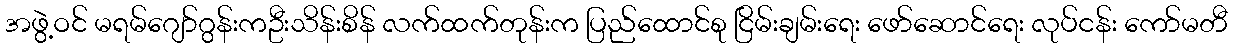
အဖွဲ့ဝင် မရမ်ဂျော်ဂွန်းကဦးသိန်းစိန် လက်ထက်တုန်းက ပြည်ထောင်စု ငြိမ်းချမ်းရေး ဖော်ဆောင်ရေး လုပ်ငန်း ကော်မတီ